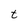
Character: t